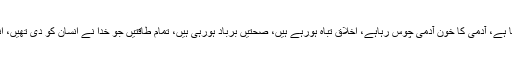
کشت و خون ہورہے ہیں، ظلم اور بے انصافی ہورہی ہے، لوٹ کھسوٹ برپا ہے، آدمی کا خون آدمی چوس رہاہے، اخلاق تباہ ہورہے ہیں، صحتیں برباد ہورہی ہیں، تمام طاقتیں جو خدا نے انسان کو دی تھیں، انسان کے فائدے کے بجائے اس کی تباہی اور بربادی میںصرف ہورہی ہیں۔